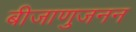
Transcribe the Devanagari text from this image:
बीजाणुजनन